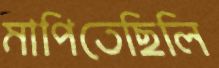
মাপিতেছিলি